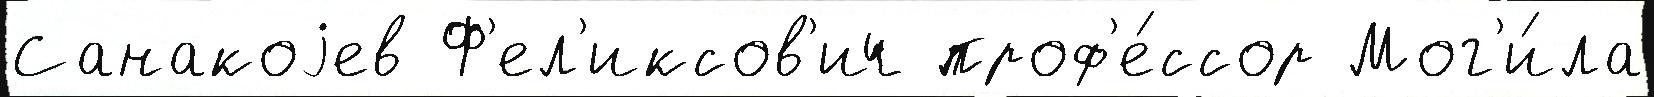
Санакоjев Ф'ел'иксов'ич проф'е́ссор Мог'и́ла